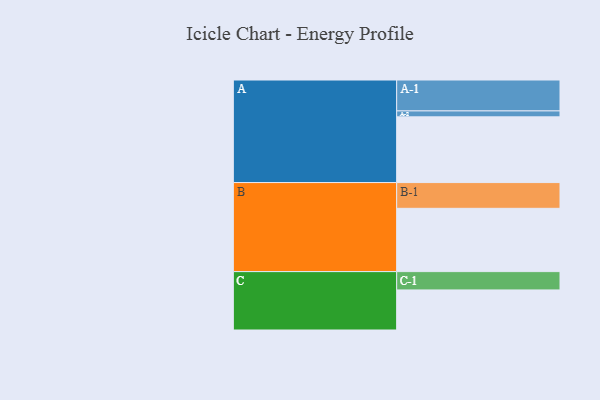
{"axis": {"x": "Segment", "y": "Value"}, "legend": ["", "A", "B", "C"], "data": [{"x": "A", "y": 574, "type": ""}, {"x": "B", "y": 553, "type": ""}, {"x": "C", "y": 350, "type": ""}, {"x": "A-1", "y": 270, "type": "A"}, {"x": "A-2", "y": 52, "type": "A"}, {"x": "B-1", "y": 225, "type": "B"}, {"x": "C-1", "y": 160, "type": "C"}]}